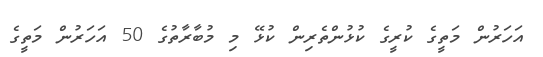
އަހަރުން މަތީގެ ކުރީގެ ކުޅުންތެރިން ކުޅޭ މި މުބާރާތުގެ 50 އަހަރުން މަތީގެ